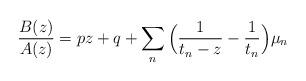
LaTeX: \begin{align*}\frac{B(z)}{A(z)} = pz+q + \sum_n \Big(\frac{1}{t_n-z} -\frac{1}{t_n}\Big) \mu_n\end{align*}